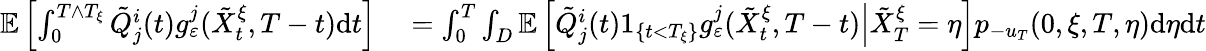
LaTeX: \begin{array}{rl}{\mathbb{E}\left[\int_{0}^{T\wedge T_{\xi}}\tilde{Q}_{j}^{i}(t)g_{\varepsilon}^{j}(\tilde{X}_{t}^{\xi},T-t)\textrm{d}t\right]}&{{}=\int_{0}^{T}\int_{D}\mathbb{E}\left[\left.\tilde{Q}_{j}^{i}(t)1_{\{ t<T_{\xi}\} }g_{\varepsilon}^{j}(\tilde{X}_{t}^{\xi},T-t)\right|\tilde{X}_{T}^{\xi}=\eta\right]p_{-u_{T}}(0,\xi,T,\eta)\textrm{d}\eta\textrm{d}t}\end{array}